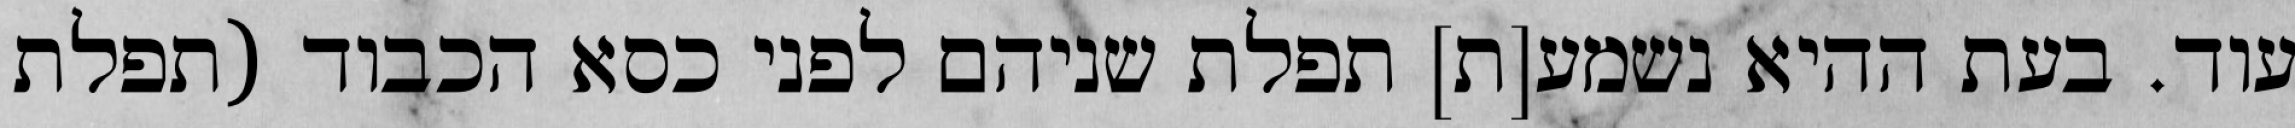
עוד. בעת ההיא נשמע[ת] תפלת שניהם לפני כסא הכבוד (תפלת